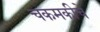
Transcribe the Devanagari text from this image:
चकमकीचे